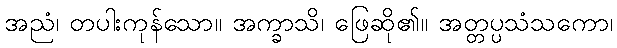
အညံ၊ တပါးကုန်သော။ အက္ခာသိ၊ ဖြေဆို၏။ အတ္တပ္ပသံသကော၊